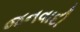
જનવાદી